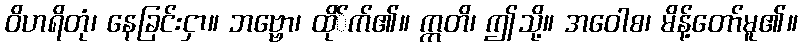
ဝိဟရိတုံ၊ နေခြင်းငှာ။ ဘဗ္ဗော၊ ထို်က်၏။ ဣတိ၊ ဤသို့။ အဝေါစ၊ မိန့်တော်မူ၏။